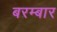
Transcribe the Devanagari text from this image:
बरम्बार